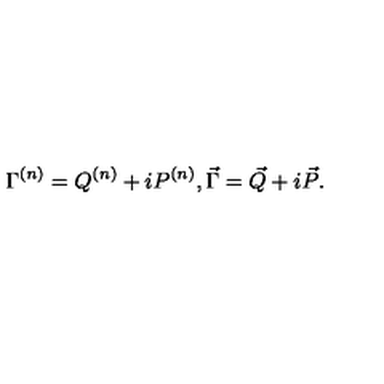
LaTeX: \Gamma ^ { ( n ) } = Q ^ { ( n ) } + i P ^ { ( n ) } , \vec { \Gamma } = \vec { Q } + i \vec { P } .